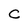
Character: C